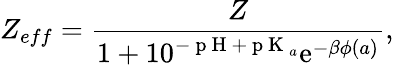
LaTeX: Z_{eff}=\frac{Z}{1+10^{-\mathrm{~p~H~}+\mathrm{~p~K~}_{a}}\mathrm{e}^{-\beta\phi(a)}},